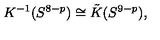
K ^ { - 1 } ( S ^ { 8 - p } ) \cong \tilde { K } ( S ^ { 9 - p } ) ,